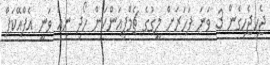
ޖެހިޖެހިގެން 3 ވަނަ ފަހަރަށް ލީގުގެ ޗެމްޕިއަންކަން ހޯދި ނިއު ވަނީ އެފްއޭކަޕް